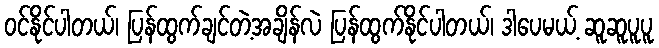
ဝင်နိုင်ပါတယ်၊ ပြန်ထွက်ချင်တဲ့အချိန်လဲ ပြန်ထွက်နိုင်ပါတယ်၊ ဒါပေမယ့် ဆူဆူပူပူ